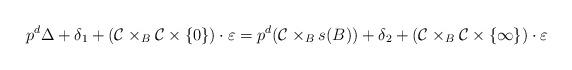
LaTeX: \begin{align*}p^d\Delta+\delta_1+(\mathcal{C}\times_B\mathcal{C}\times \{0\})\cdot \varepsilon=p^d(\mathcal{C}\times_Bs(B))+\delta_2+(\mathcal{C}\times_B\mathcal{C}\times\{\infty\})\cdot \varepsilon\end{align*}